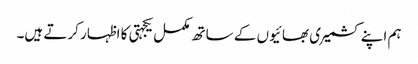
ہم اپنے کشمیری بھائیوں کے ساتھ مکمل یکجہتی کا اظہار کرتے ہیں۔